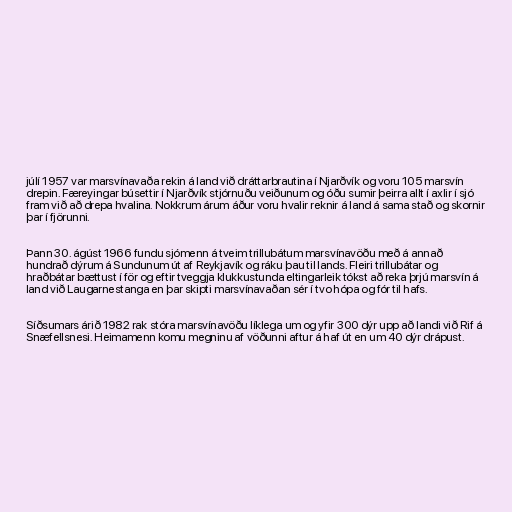
júlí 1957 var marsvínavaða rekin á land við dráttarbrautina í Njarðvík og voru 105 marsvín
drepin. Færeyingar búsettir í Njarðvík stjórnuðu veiðunum og óðu sumir þeirra allt í axlir í sjó
fram við að drepa hvalina. Nokkrum árum áður voru hvalir reknir á land á sama stað og skornir
þar í fjörunni.

Þann 30. ágúst 1966 fundu sjómenn á tveim trillubátum marsvínavöðu með á annað
hundrað dýrum á Sundunum út af Reykjavík og ráku þau til lands. Fleiri trillubátar og
hraðbátar bættust í för og eftir tveggja klukkustunda eltingarleik tókst að reka þrjú marsvín á
land við Laugarnestanga en þar skipti marsvínavaðan sér í tvo hópa og fór til hafs.

Síðsumars árið 1982 rak stóra marsvínavöðu líklega um og yfir 300 dýr upp að landi við Rif á
Snæfellsnesi. Heimamenn komu megninu af vöðunni aftur á haf út en um 40 dýr drápust.